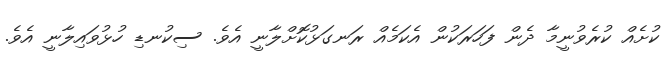
ކުށެއް ކުރެވުނީމާ ދެން ފަހަރަކުން އެކަމެއް ރަނގަޅުކޮށްލާނީ އެވެ. ސިކުނޑި ހުޅުވައިލާނީ އެވެ.